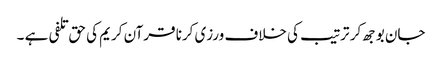
جان بوجھ کر ترتیب کی خلاف ورزی کرنا قرآن کریم کی حق تلفی ہے ۔